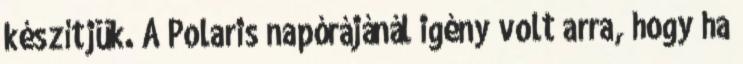
készítjük. A Polaris napórájánál igény volt arra, hogy ha